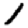
Digit: 1